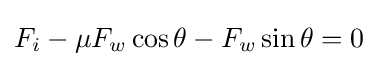
F_{i}-\mu F_{w}\cos \theta -F_{w}\sin \theta =0